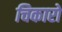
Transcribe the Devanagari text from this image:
चिकारो